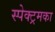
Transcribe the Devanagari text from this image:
स्पेक्ट्रमका